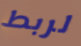
لربط